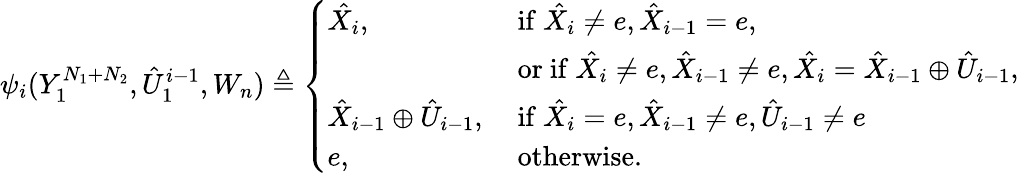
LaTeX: \psi_{i}(Y_{1}^{N_{1}+N_{2}},\hat{U}_{1}^{i-1},W_{n})\triangleq\left\{ \begin{array}{ll}{\hat{X_{i}},}&{\mathrm{~if~}\hat{X_{i}}\neq e,\hat{X}_{i-1}=e,}\\ &{\mathrm{~or~if~}\hat{X_{i}}\neq e,\hat{X}_{i-1}\neq e,\hat{X_{i}}=\hat{X}_{i-1}\oplus\hat{U}_{i-1},}\\ {\hat{X}_{i-1}\oplus\hat{U}_{i-1},}&{\mathrm{~if~}\hat{X_{i}}=e,\hat{X}_{i-1}\neq e,\hat{U}_{i-1}\neq e}\\ {e,}&{\mathrm{~otherwise.}}\end{array}\right.